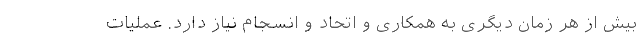
بیش از هر زمان دیگری به همکاری و اتحاد و انسجام نیاز دارد. عملیات